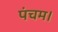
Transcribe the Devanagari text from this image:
पंचम।